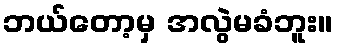
ဘယ်တော့မှ အလွဲမခံဘူး။